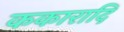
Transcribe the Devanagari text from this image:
ककारादि